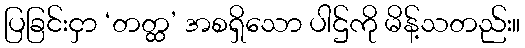
ပြခြင်းငှာ ‘တတ္ထ’ အစရှိသော ပါဌ်ကို မိန့်သတည်း။